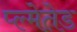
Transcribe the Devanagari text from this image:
प्ल्मेतेड